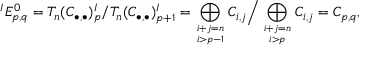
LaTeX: { } ^ { I } E _ { p , q } ^ { 0 } = T _ { n } ( C _ { \bullet , \bullet } ) _ { p } ^ { I } / T _ { n } ( C _ { \bullet , \bullet } ) _ { p + 1 } ^ { I } = \bigoplus _ { i + j = n \atop i > p - 1 } C _ { i , j } { \Big / } \bigoplus _ { i + j = n \atop i > p } C _ { i , j } = C _ { p , q } ,